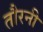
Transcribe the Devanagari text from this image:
तौरनी